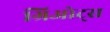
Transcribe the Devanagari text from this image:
ग्रिओट्स